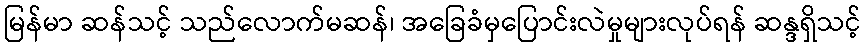
မြန်မာ ဆန်သင့် သည်လောက်မဆန်၊ အခြေခံမှပြောင်းလဲမှုများလုပ်ရန် ဆန္ဒရှိသင့်